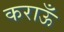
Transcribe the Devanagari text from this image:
कराऊँ